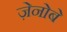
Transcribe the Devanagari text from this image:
ज़ेनोबे